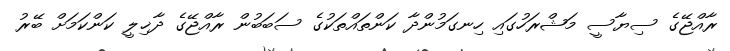
ރާއްޖޭގެ ސިޔާސީ މަޝްރަހުގައި ހިނގަމުންދާ ކަންތައްތަކުގެ ސަބަބުން ރާއްޖޭގެ ދާޚިލީ ކަންކަމަށް ބޭރު